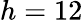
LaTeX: h=12